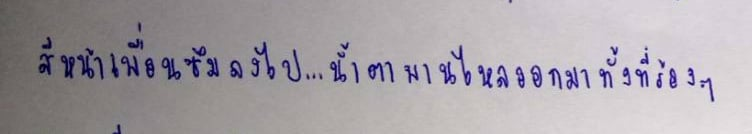
สีหน้าเพื่อนซึมลงไปอีก...น้ำตาพานไหลออกมาทั้งที่ร้องๆ